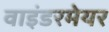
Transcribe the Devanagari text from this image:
वाइंडरमेयर